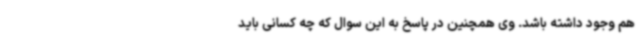
هم وجود داشته باشد. وی همچنین در پاسخ به این سوال که چه کسانی باید